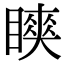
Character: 𬑨